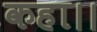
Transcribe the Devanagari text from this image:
कहा।।